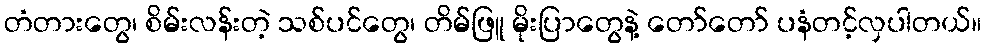
တံတားတွေ၊ စိမ်းလန်းတဲ့ သစ်ပင်တွေ၊ တိမ်ဖြူ မိုးပြာတွေနဲ့ တော်တော် ပနံတင့်လှပါတယ်။